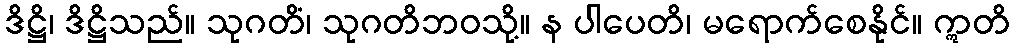
ဒိဋ္ဌိ၊ ဒိဋ္ဌိသည်။ သုဂတိံ၊ သုဂတိဘဝသို့။ န ပါပေတိ၊ မရောက်စေနိုင်။ ဣတိ